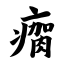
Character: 瘸